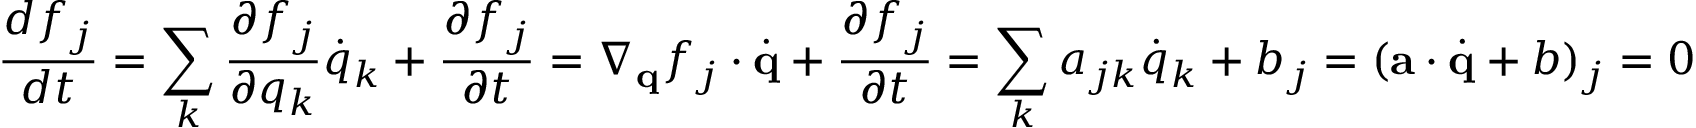
\frac { d f _ { j } } { d t } = \sum _ { k } \frac { \partial f _ { j } } { \partial q _ { k } } \dot { q } _ { k } + \frac { \partial f _ { j } } { \partial t } = \nabla _ { \mathbf { q } } f _ { j } \cdot \dot { \mathbf { q } } + \frac { \partial f _ { j } } { \partial t } = \sum _ { k } a _ { j k } \dot { q } _ { k } + b _ { j } = ( \mathbf { a } \cdot \dot { \mathbf { q } } + b ) _ { j } = 0